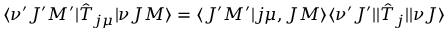
\langle \nu ^ { \prime } J ^ { \prime } M ^ { \prime } | \hat { T } _ { j \mu } | \nu J M \rangle = \langle J ^ { \prime } M ^ { \prime } | j \mu , J M \rangle \langle \nu ^ { \prime } J ^ { \prime } | | \hat { T } _ { j } | | \nu J \rangle